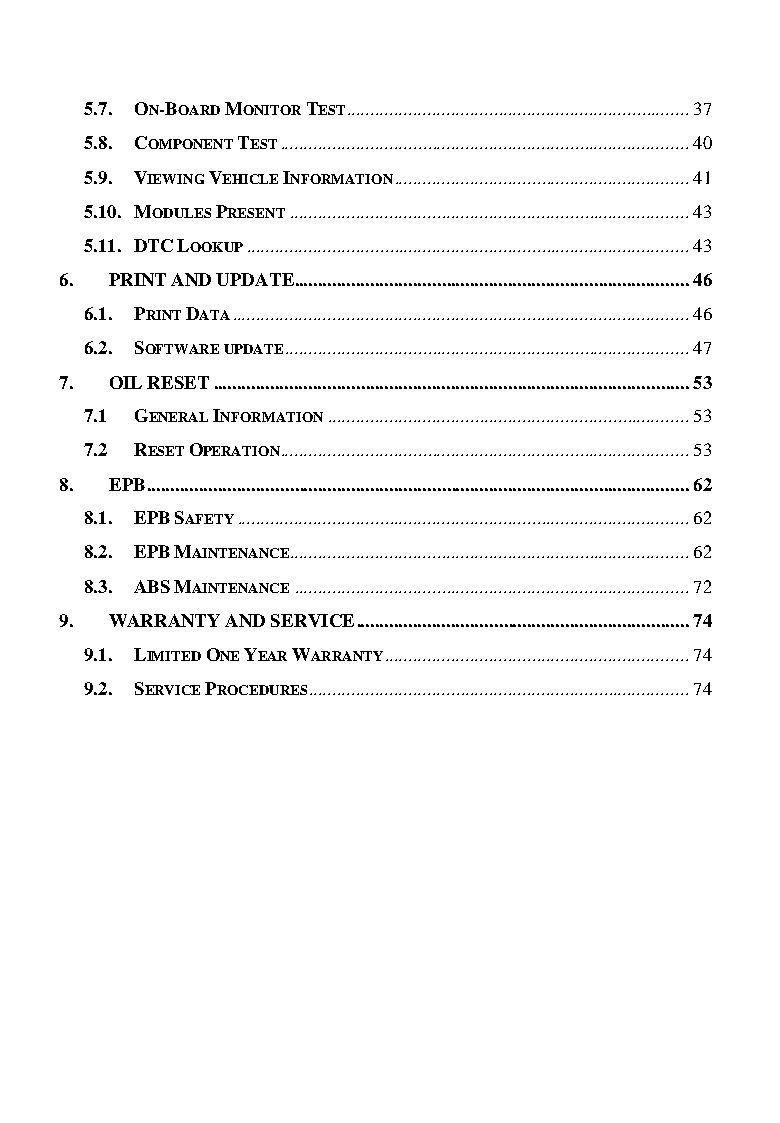
5.7. ON-BOARD MONITOR TEST ........................................................................ 37
 5.8. COMPONENT TEST ...................................................................................... 40
 5.9. VIEWING VEHICLE INFORMATION .............................................................. 41
 5.10. MODULES PRESENT .................................................................................... 43
 5.11. DTC LOOKUP ............................................................................................. 43
 6. PRINT AND UPDATE................................................................................... 46
 6.1. PRINT DATA ................................................................................................ 46
 6.2. SOFTWARE UPDATE ..................................................................................... 47
 7. OIL RESET .................................................................................................... 53
 7.1 GENERAL INFORMATION ............................................................................ 53
 7.2 RESET OPERATION ...................................................................................... 53
 8. EPB .................................................................................................................. 62
 8.1. EPB SAFETY ............................................................................................... 62
 8.2. EPB MAINTENANCE.................................................................................... 62
 8.3. ABS MAINTENANCE ................................................................................... 72
 9. WARRANTY AND SERVICE ...................................................................... 74
 9.1. LIMITED ONE YEAR WARRANTY ................................................................ 74
 9.2. SERVICE PROCEDURES ................................................................................ 74